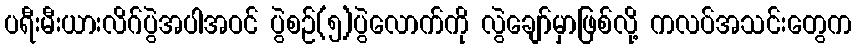
ပရီးမီးယားလိဂ်ပွဲအပါအဝင် ပွဲစဉ်(၅)ပွဲလောက်ကို လွဲချော်မှာဖြစ်လို့ ကလပ်အသင်းတွေက